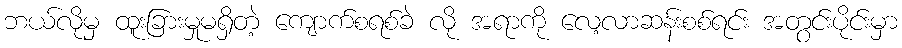
ဘယ်လိုမှ ထူးခြားမှုမရှိတဲ့ ကျောက်စရစ်ခဲ လို အရာကို လေ့လာဆန်းစစ်ရင်း အတွင်းပိုင်းမှာ